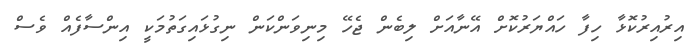
އިރުއިރުކޮޅާ ހިފާ ހައްޔަރުކޮށް އޭނާއަށް ލިބެން ޖެހޭ މިނިވަންކަން ނިގުޅައިގަތުމަކީ އިންސާފެއް ވެސް